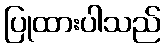
ပြုထားပါသည်